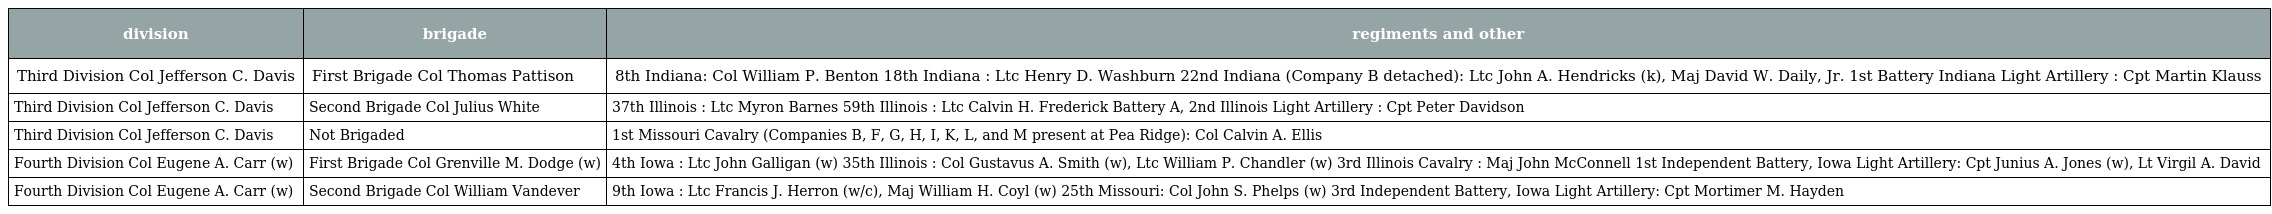
| division | brigade | regiments and other |
 | --- | --- | --- |
 | Third Division Col Jefferson C. Davis | First Brigade Col Thomas Pattison | 8th Indiana: Col William P. Benton 18th Indiana : Ltc Henry D. Washburn 22nd Indiana (Company B detached): Ltc John A. Hendricks (k), Maj David W. Daily, Jr. 1st Battery Indiana Light Artillery : Cpt Martin Klauss |
 | Third Division Col Jefferson C. Davis | Second Brigade Col Julius White | 37th Illinois : Ltc Myron Barnes 59th Illinois : Ltc Calvin H. Frederick Battery A, 2nd Illinois Light Artillery : Cpt Peter Davidson |
 | Third Division Col Jefferson C. Davis | Not Brigaded | 1st Missouri Cavalry (Companies B, F, G, H, I, K, L, and M present at Pea Ridge): Col Calvin A. Ellis |
 | Fourth Division Col Eugene A. Carr (w) | First Brigade Col Grenville M. Dodge (w) | 4th Iowa : Ltc John Galligan (w) 35th Illinois : Col Gustavus A. Smith (w), Ltc William P. Chandler (w) 3rd Illinois Cavalry : Maj John McConnell 1st Independent Battery, Iowa Light Artillery: Cpt Junius A. Jones (w), Lt Virgil A. David |
 | Fourth Division Col Eugene A. Carr (w) | Second Brigade Col William Vandever | 9th Iowa : Ltc Francis J. Herron (w/c), Maj William H. Coyl (w) 25th Missouri: Col John S. Phelps (w) 3rd Independent Battery, Iowa Light Artillery: Cpt Mortimer M. Hayden |